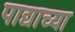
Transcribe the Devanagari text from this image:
पाद्याच्या